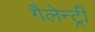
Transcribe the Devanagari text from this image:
गैलेन्ट्री